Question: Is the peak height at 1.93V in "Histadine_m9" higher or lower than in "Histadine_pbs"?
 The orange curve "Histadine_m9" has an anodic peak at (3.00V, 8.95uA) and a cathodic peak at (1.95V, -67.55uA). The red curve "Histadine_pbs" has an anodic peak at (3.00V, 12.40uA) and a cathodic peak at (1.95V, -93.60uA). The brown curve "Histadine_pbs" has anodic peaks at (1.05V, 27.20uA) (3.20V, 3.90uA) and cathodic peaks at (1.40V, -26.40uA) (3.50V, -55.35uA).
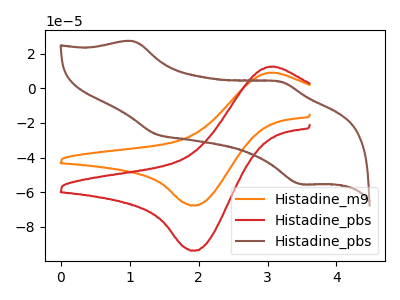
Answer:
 <answer>The peak at 1.93V is lower in "Histadine_m9" than in "Histadine_pbs".</answer>
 <eval>lower</eval>